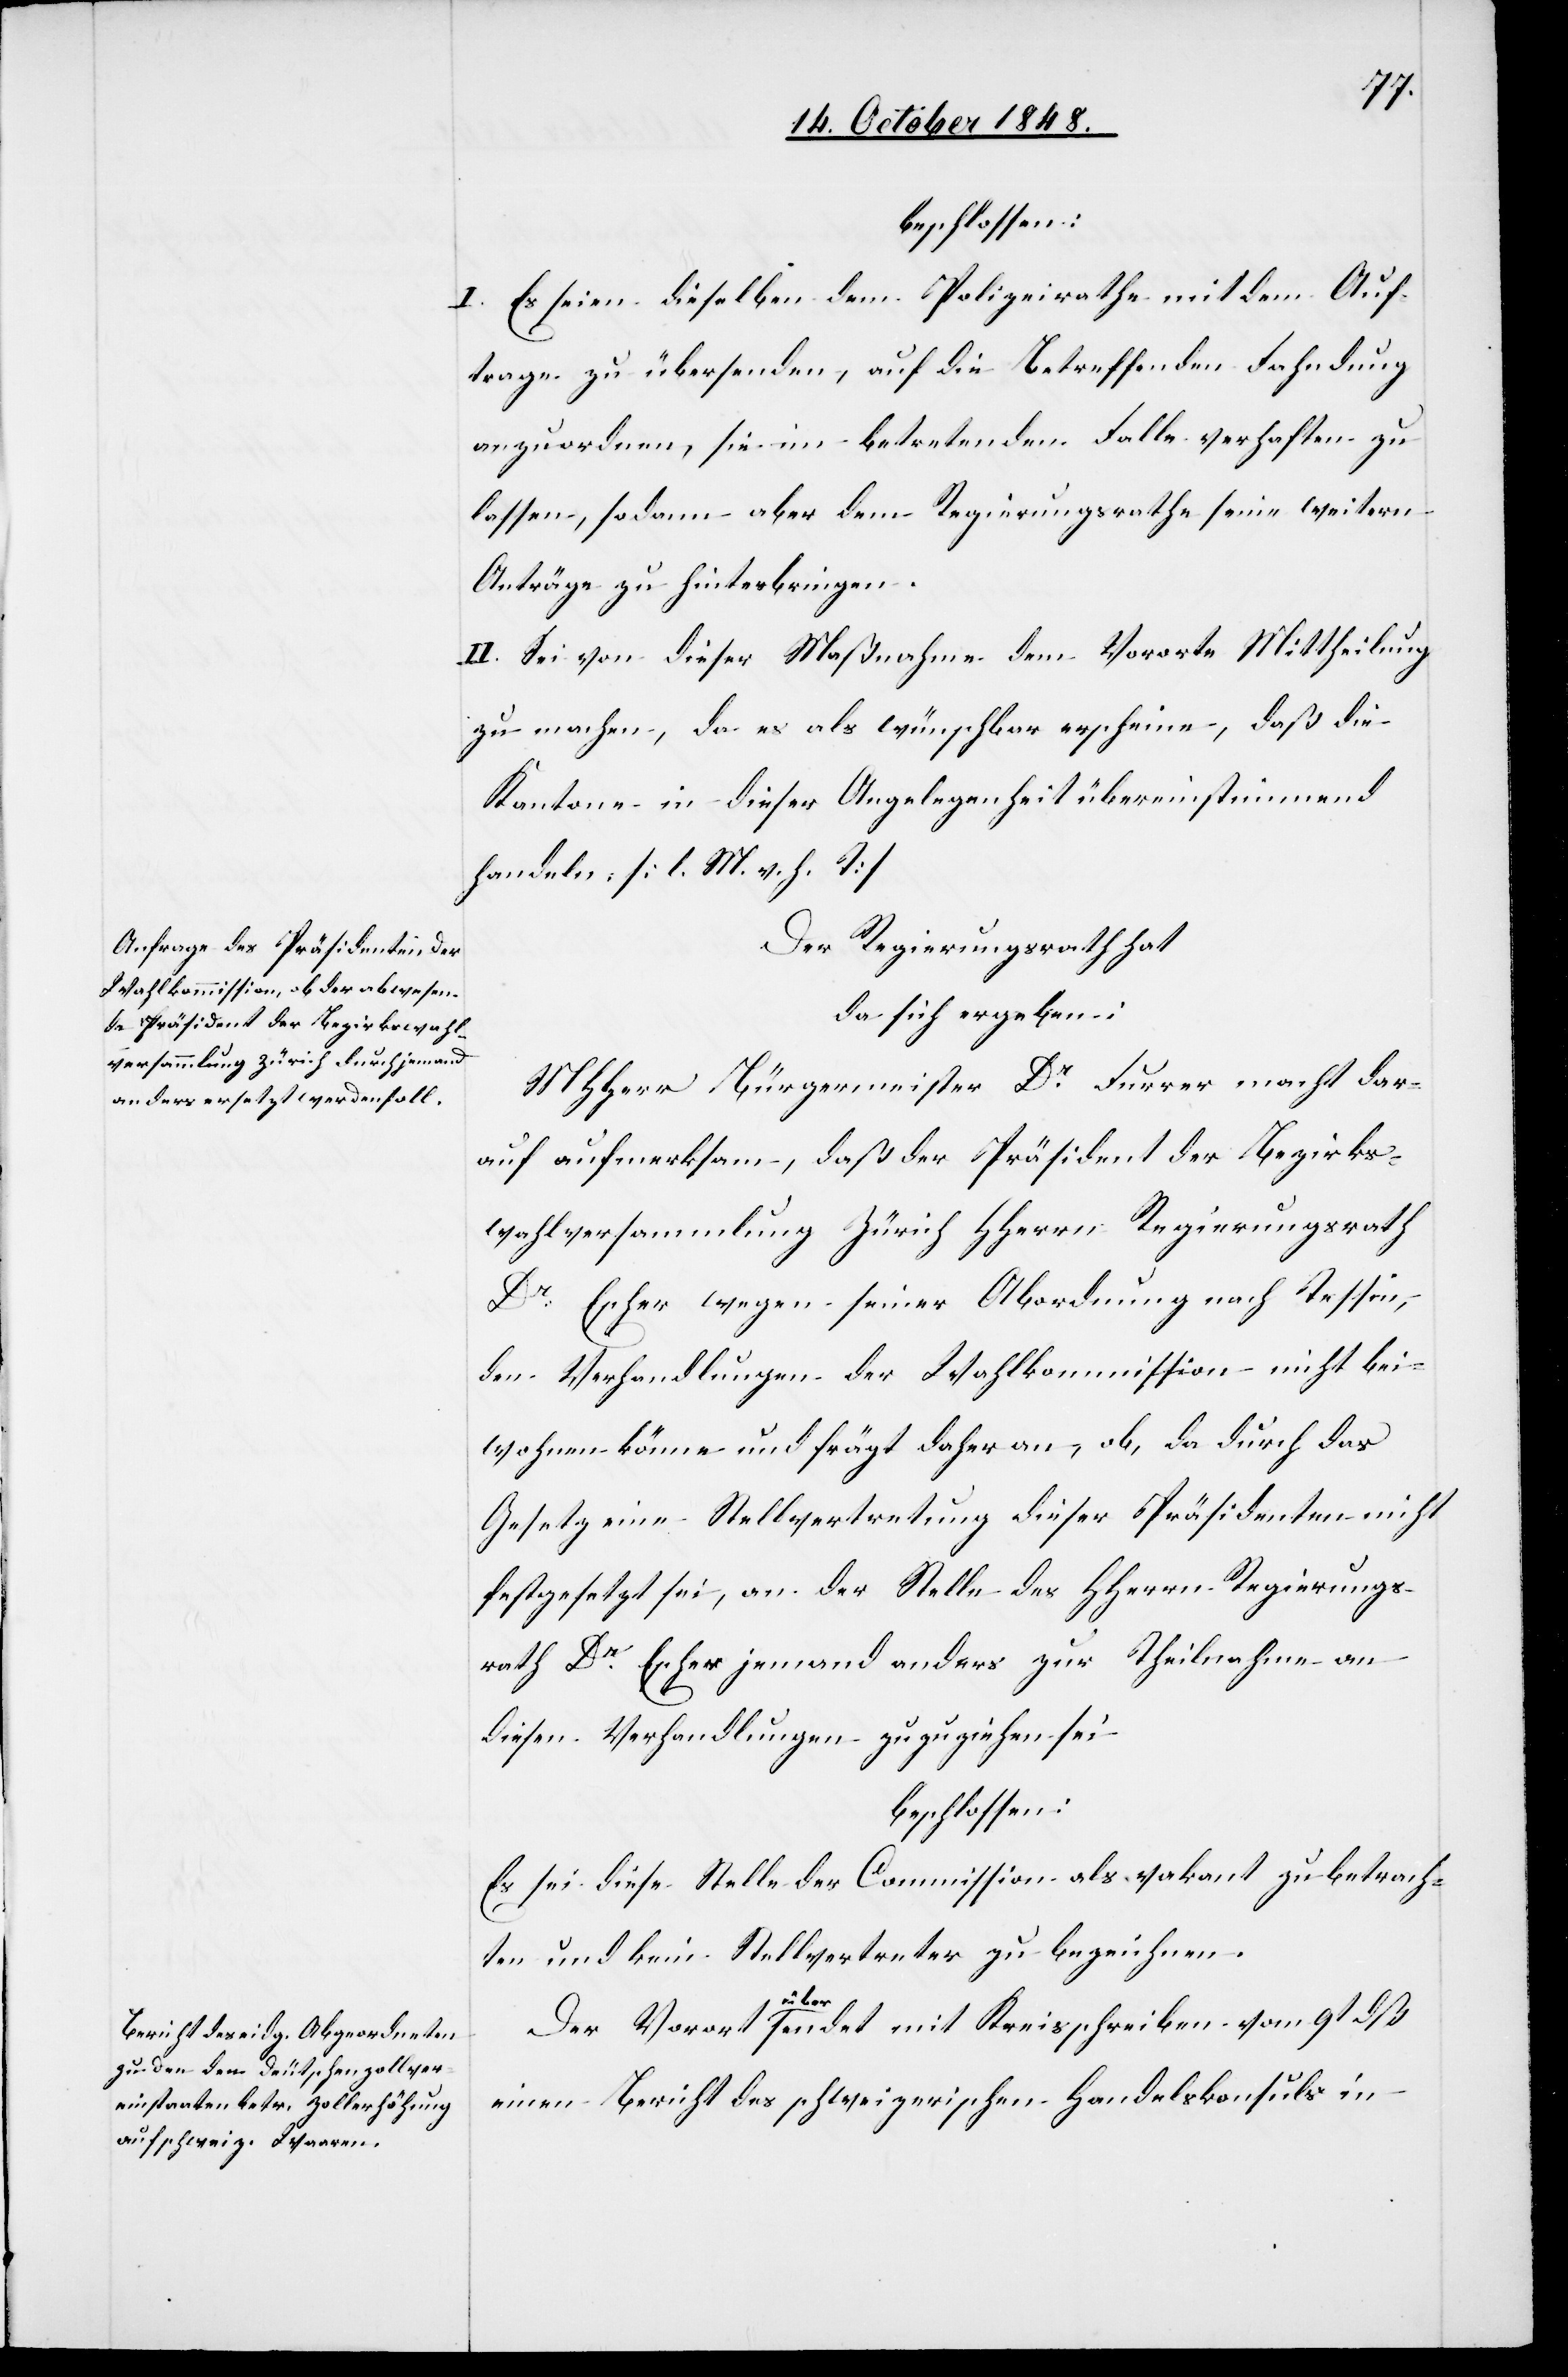
beschlossen:
I. Es seien dieselben dem Polizeirathe mit dem Auf¬
trage zu übersenden, auf die Betreffenden Fahndung
anzuordnen, sie im betretenden Falle verhaften zu
lassen, sodann aber dem Regierungsrathe seine weitern
Anträge zu hinterbringen.
II. Sei von dieser Maßnahme dem Vororte Mittheilung
zu machen, da es als wünschbar erscheine, daß die
Kantone in dieser Angelegenheit übereinstimmend
handeln. [l. M. v. h. T]
Der Regierungsrath hat
da sich ergeben:
MHHerr Bürgermeister Dr Furrer macht dar¬
auf aufmerksam, daß der Präsident der Bezirks¬
wahlversammlung Zürich HHerrn Regierungsrath
Dr Escher wegen seiner Abordnung nach Tessin,
den Verhandlungen der Wahlkommission nicht bei¬
wohnen könne und frägt daher an, ob, da durch das
Gesetz eine Stellvertretung dieser Präsidenten nicht
festgesetzt sei, an das Stelle des HHerrn Regierungs¬
rath Dr Escher jemand anders zur Theilnahme an
diesen Verhandlungen zuzuziehen sei
beschlossen:
Es sei diese Stelle der Commission als vakant zu betrach¬
ten und kein Stellvertreter zu bezeichnen.
Der Vorort übersendet mit Kreisschreiben vom 9ten dß.
einen Bericht des schweizerischen Handelskonsuls in